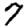
Digit: 7